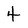
Character: 4